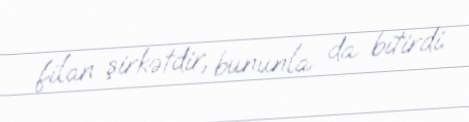
filan şirkətdir, bununla da bitirdi.